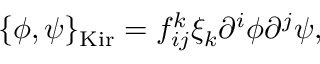
\{ \phi , \psi \} _ { \mathrm { K i r } } = f _ { i j } ^ { k } \xi _ { k } \partial ^ { i } \phi \partial ^ { j } \psi ,